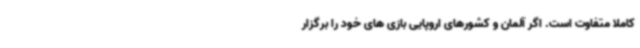
کاملا متفاوت است. اگر آلمان و کشورهای اروپایی بازی های خود را برگزار